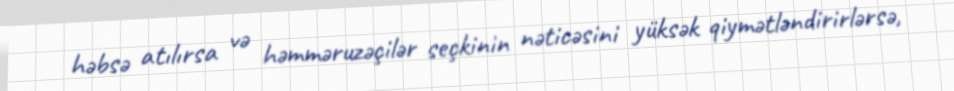
həbsə atılırsa və həmməruzəçilər seçkinin nəticəsini yüksək qiymətləndirirlərsə,